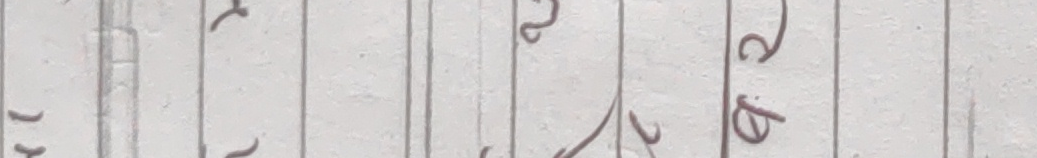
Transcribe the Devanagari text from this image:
खि.